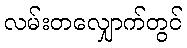
လမ်းတလျှောက်တွင်